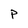
Character: p